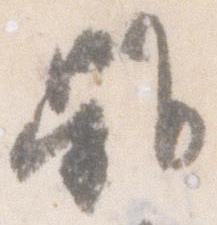
雖